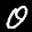
Digit: 0